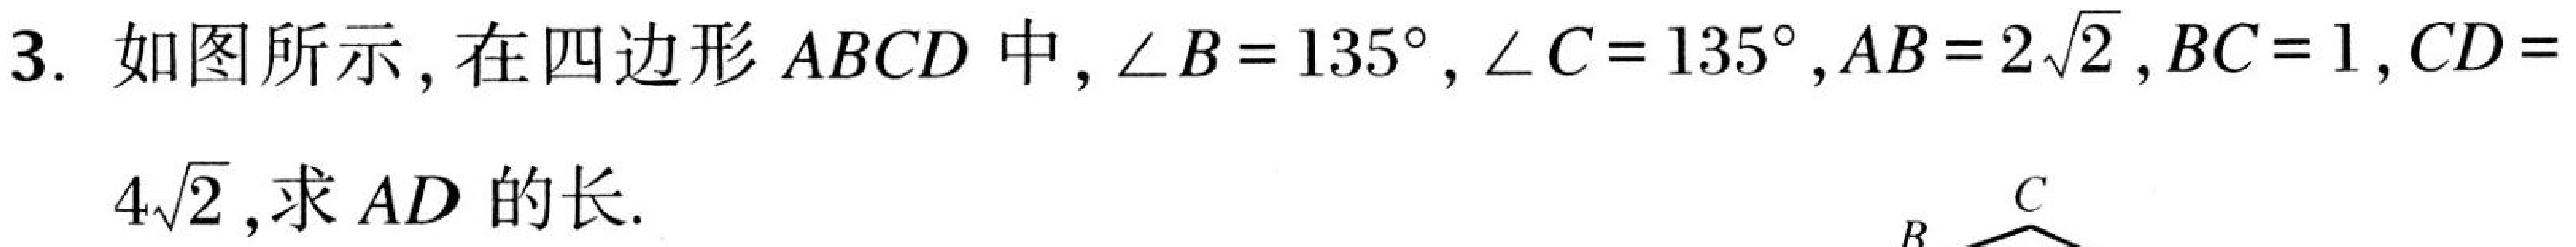
如图所示，在四边形\(ABCD\)中，\(\angle B = 135^{\circ}\)，\(\angle C = 135^{\circ}\)，\(AB = 2\sqrt{2}\)，\(BC = 1\)，\(CD = 3\). \(4\sqrt{2}\)，求\(AD\)的长.![image](https://pic2.zhimg.com/v2-86c67c66679c69998777796c89899987_b.jpg)